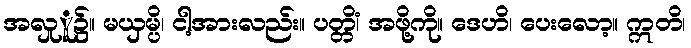
အလှုူ၌။ မယှမ္ပိ၊ ငါ့အားလည်း။ ပတ္တိံ၊ အဖို့ကို။ ဒေဟိ၊ ပေးလော့။ ဣတိ၊